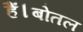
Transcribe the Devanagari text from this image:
हैं।बोतल